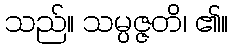
သည်။ သမ္ပဇ္ဇတိ၊ ၏။